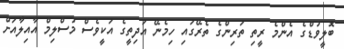
ބޮލީވުޑްގެ އެންމެ ރީތި ތަރިންގެ ތެރޭގައި ހިމެނޭ އަދިތީގެ އަކީވެސް މުސްލިމް އާއިލާއަށް